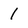
Character: 1